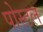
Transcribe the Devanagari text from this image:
पोस्‍टल